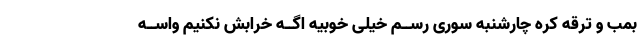
بمب و ترقّه کره چارشنبه سوری رســم خیلی خوبیه اگــه خرابش نکنیم واســه